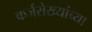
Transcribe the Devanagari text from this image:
कर्जरोख्यांच्या